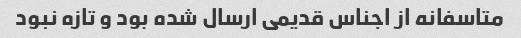
متاسفانه از اجناس قدیمی ارسال شده بود و تازه نبود